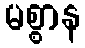
မစ္စာန